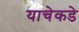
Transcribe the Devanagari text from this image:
याचेकडे